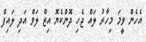
އެހެން ވީމަ މިހާރު ލައް ޖެހި ދޮންކެޔޮ އިޒް ލަވް އަދި ލައިފް